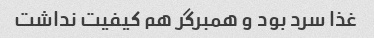
غذا سرد بود و همبرگر هم کیفیت نداشت